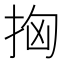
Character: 𢫤